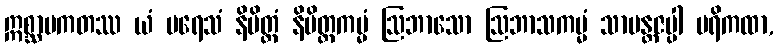
ဣစ္ဆာပကတဿ ယံ ပရေသံ နိမိတ္တံ နိမိတ္တကမ္မံ ဩဘာသော ဩဘာသကမ္မံ သာမန္တဇပ္ပါ ပရိကထာ,